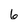
Character: 6